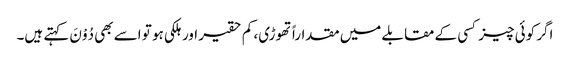
اگر کوئی چیز کسی کے مقابلے میں مقداراً تھوڑی، کم حقیر اور ہلکی ہو تو اسے بھی دُوْنَ کہتے ہیں۔